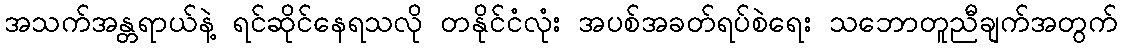
အသက်အန္တရာယ်နဲ့ ရင်ဆိုင်နေရသလို တနိုင်ငံလုံး အပစ်အခတ်ရပ်စဲရေး သဘောတူညီချက်အတွက်